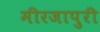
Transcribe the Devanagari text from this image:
मीरजापुरी